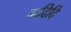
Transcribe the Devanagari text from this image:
मदिदि